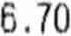
6.70